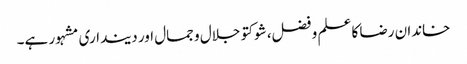
خاندان رضا کا علم و فضل، شوکتو جلال و جمال اور دینداری مشہور ہے۔